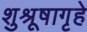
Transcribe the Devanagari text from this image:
शुश्रूषागृहे